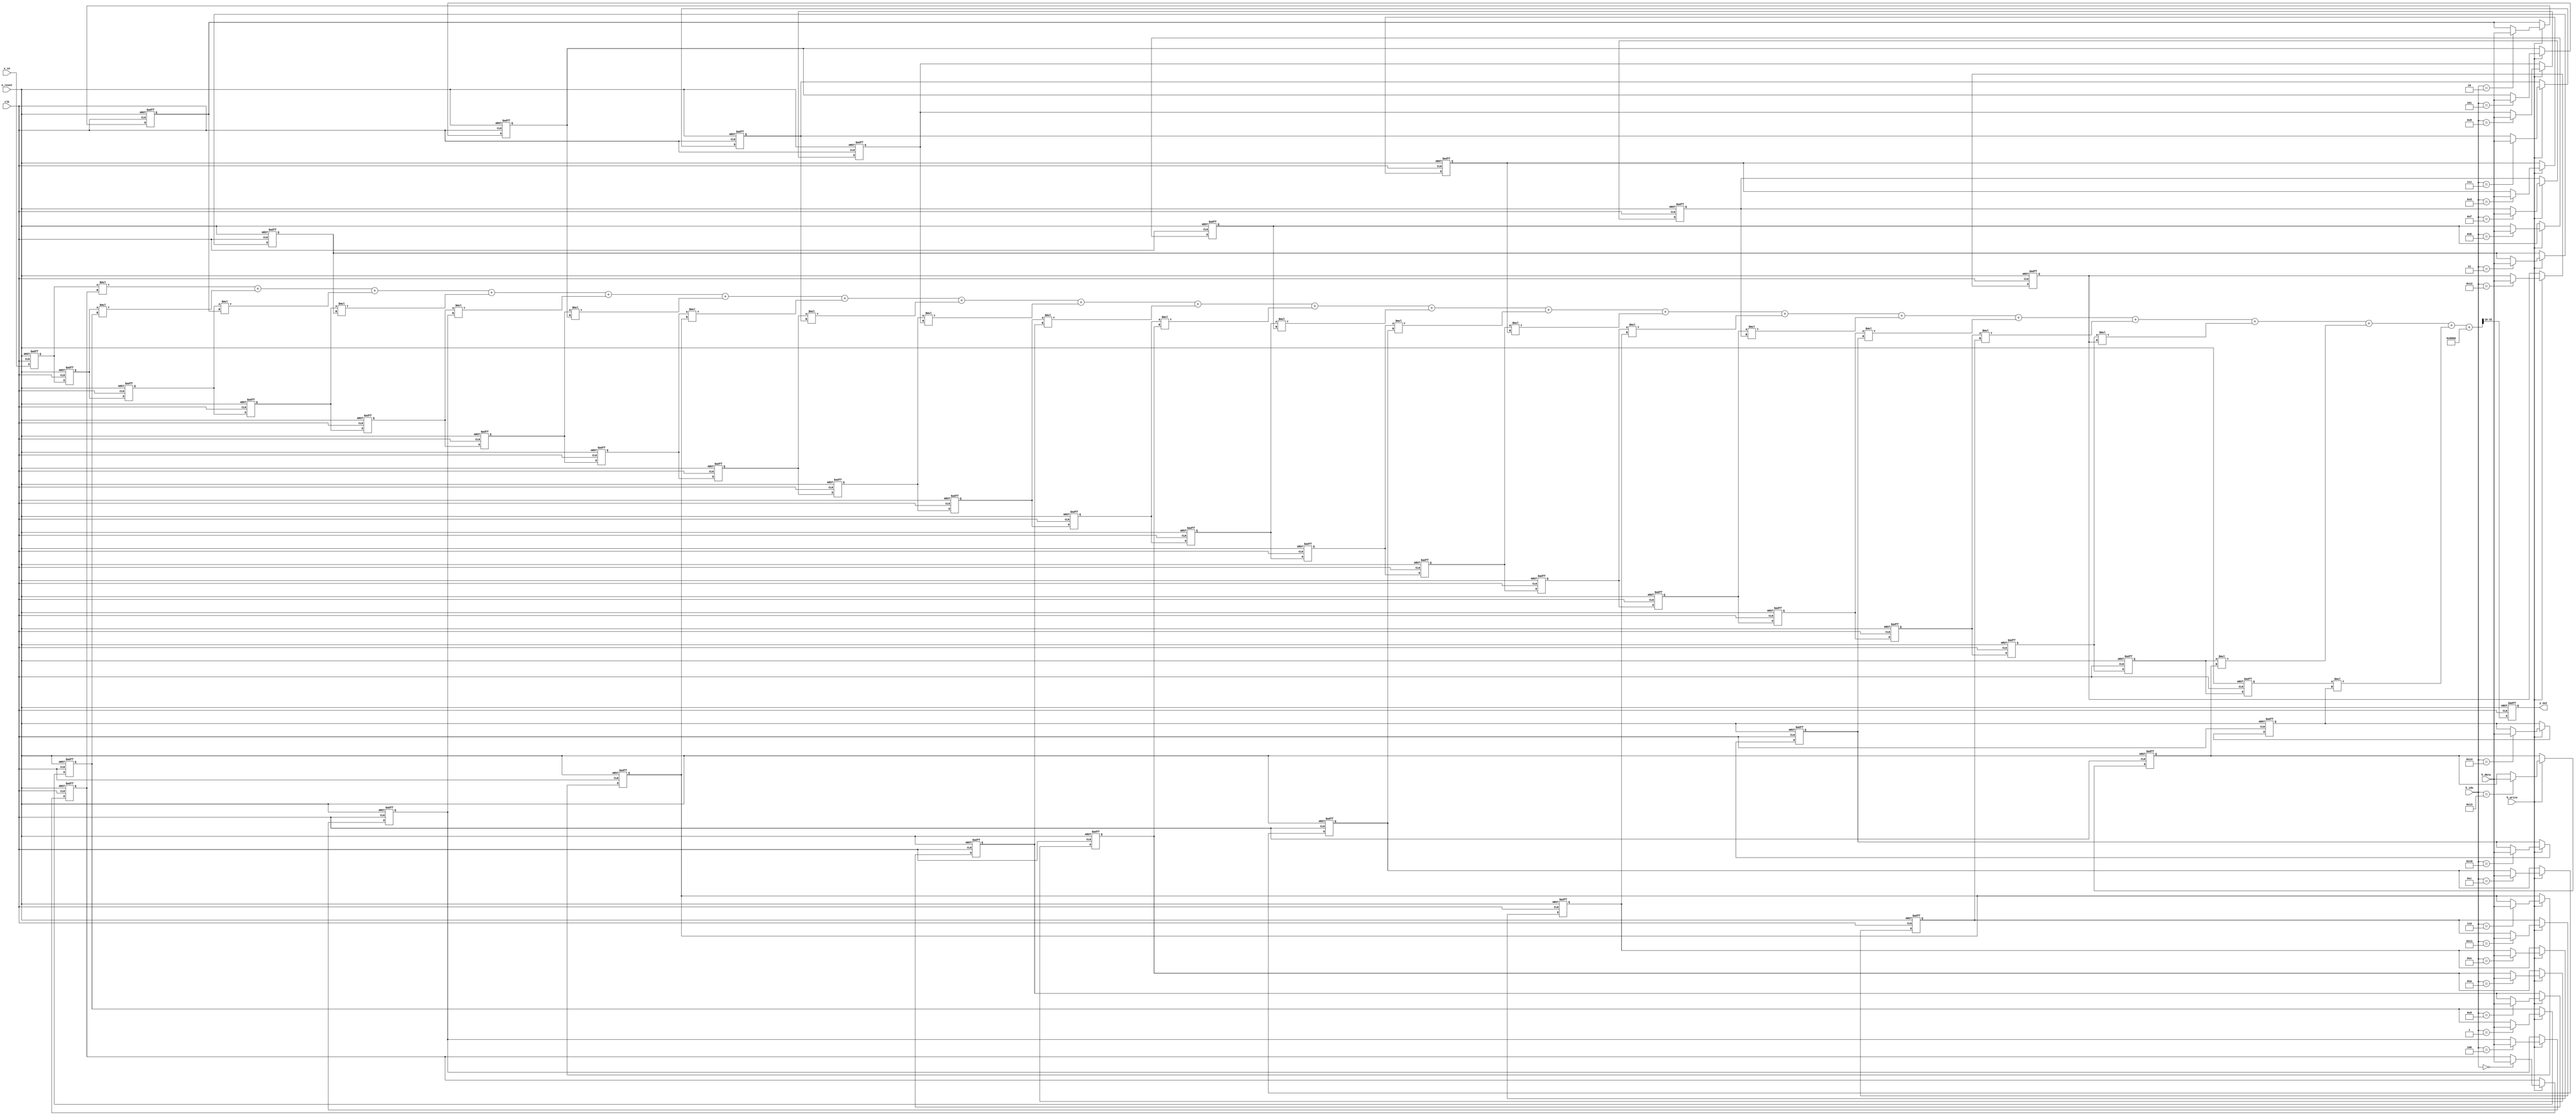
module filter(
		input             clk,
		input             n_reset,
		input      [15:0] x_in,
		output reg [15:0] y_out,

		input     	 h_write,
		input [4:0]  h_idx,
		input [15:0] h_data
);

reg signed [15:0] x[20:0];
always @(posedge clk or negedge n_reset) begin
	if(n_reset == 1'b0) begin
		x[0] <= 'b0;
		x[1] <= 'b0;
		x[2] <= 'b0;
		x[3] <= 'b0;
		x[4] <= 'b0;
		x[5] <= 'b0;
		x[6] <= 'b0;
		x[7] <= 'b0;
		x[8] <= 'b0;
		x[9] <= 'b0;
		x[10] <= 'b0;
		x[11] <= 'b0;
		x[12] <= 'b0;
		x[13] <= 'b0;
		x[14] <= 'b0;
		x[15] <= 'b0;
		x[16] <= 'b0;
		x[17] <= 'b0;
		x[18] <= 'b0;
		x[19] <= 'b0;
		x[20] <= 'b0;
	end else begin
		x[0] <= x_in;
		x[1] <= x[0];
		x[2] <= x[1];
		x[3] <= x[2];
		x[4] <= x[3];
		x[5] <= x[4];
		x[6] <= x[5];
		x[7] <= x[6];
		x[8] <= x[7];
		x[9] <= x[8];
		x[10] <= x[9];
		x[11] <= x[10];
		x[12] <= x[11];
		x[13] <= x[12];
		x[14] <= x[13];
		x[15] <= x[14];
		x[16] <= x[15];
		x[17] <= x[16];
		x[18] <= x[17];
		x[19] <= x[18];
		x[20] <= x[19];
	end
end

/*
reg signed [15:0] h[20:0] =
	{-16'd    10, 16'd    62,  16'd   84, -16'd  296, -16'd   246,
	  16'd   954, 16'd   477, -16'd 2645, -16'd  689,  16'd 10122,
	  16'd 17159, 16'd 10122, -16'd  689, -16'd 2645,  16'd   477,
	 -16'd   954,-16'd   246, -16'd  296,  16'd   84,  16'd   62,
	 -16'd   10};
*/

reg signed [15:0] h[20:0];
always @(posedge clk or negedge n_reset) begin
	if(n_reset == 1'b0) begin
		h[ 0] <= -16'd   10;
		h[ 1] <=  16'd   62;
		h[ 2] <=  16'd   84;
		h[ 3] <= -16'd  296;
		h[ 4] <= -16'd  246;
		h[ 5] <=  16'd  954;
		h[ 6] <=  16'd  477;
		h[ 7] <= -16'd 2645;
		h[ 8] <= -16'd  689;
		h[ 9] <=  16'd10122;
		h[10] <=  16'd17159;
		h[11] <=  16'd10122;
		h[12] <= -16'd  689;
		h[13] <= -16'd 2645;
		h[14] <=  16'd  477;
		h[15] <=  16'd  954;
		h[16] <= -16'd  246;
		h[17] <= -16'd  296;
		h[18] <=  16'd   84;
		h[19] <=  16'd   62;
		h[20] <= -16'd   10;	
	end else begin
		if(h_write == 1'b1) begin
			h[h_idx] <= h_data;		
		end
	end
end

wire signed [31:0] mul[20:0]; // (16,13) * (16,15) -> (31,28) if sym. sat.
			      // (32,28) sum -> filter property
assign mul[0]  = x[0]  * h[0];
assign mul[1]  = x[1]  * h[1];
assign mul[2]  = x[2]  * h[2];
assign mul[3]  = x[3]  * h[3];
assign mul[4]  = x[4]  * h[4];
assign mul[5]  = x[5]  * h[5];
assign mul[6]  = x[6]  * h[6];
assign mul[7]  = x[7]  * h[7];
assign mul[8]  = x[8]  * h[8];
assign mul[9]  = x[9]  * h[9];
assign mul[10] = x[10] * h[10];
assign mul[11] = x[11] * h[11];
assign mul[12] = x[12] * h[12];
assign mul[13] = x[13] * h[13];
assign mul[14] = x[14] * h[14];
assign mul[15] = x[15] * h[15];
assign mul[16] = x[16] * h[16];
assign mul[17] = x[17] * h[17];
assign mul[18] = x[18] * h[18];
assign mul[19] = x[19] * h[19];
assign mul[20] = x[20] * h[20];

wire signed [31:0] sum = mul[0] + mul[1] + mul[2] + mul[3] + mul[4] + mul[5] + mul[6] 
						+ mul[7] + mul[8]+ mul[9] + mul[10] + mul[11] + mul[12] + mul[13]
						+ mul[14] + mul[15] + mul[16] + mul[17] + mul[18]+ mul[19]
			 			+ mul[20];
wire signed [31:0] y_rnd = sum + (1<<15); // for rounding
always @(posedge clk or negedge n_reset) begin
	if(n_reset == 1'b0) begin
		y_out <= 'b0;	
	end else begin
		y_out <= y_rnd[31:16];
	end
end

endmodule